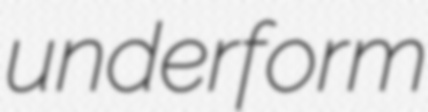
underform